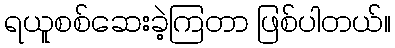
ရယူစစ်ဆေးခဲ့ကြတာ ဖြစ်ပါတယ်။